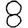
Digit: 8